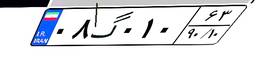
۵۲گ۸۳۱۲۵